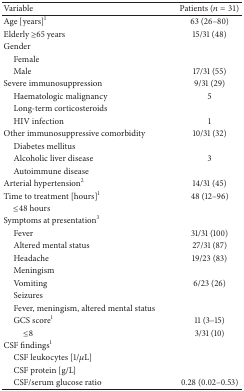
<table><thead><tr><td><b>Variable</b></td><td><b>Patients (<i>n</i> = 31)</b></td></tr></thead><tbody><tr><td>Age [years]<sup>1</sup></td><td>63 (26–80)</td></tr><tr><td>Elderly ≥65 years</td><td>15/31 (48)</td></tr><tr><td>Gender</td><td>[EMPTY_CELL]</td></tr><tr><td> Female</td><td>[EMPTY_CELL]</td></tr><tr><td> Male</td><td>17/31 (55)</td></tr><tr><td>Severe immunosuppression</td><td>9/31 (29)</td></tr><tr><td> Haematologic malignancy</td><td>5</td></tr><tr><td> Long-term corticosteroids</td><td>[EMPTY_CELL]</td></tr><tr><td> HIV infection</td><td>1</td></tr><tr><td>Other immunosuppressive comorbidity</td><td>10/31 (32)</td></tr><tr><td> Diabetes mellitus</td><td>[EMPTY_CELL]</td></tr><tr><td> Alcoholic liver disease</td><td>3</td></tr><tr><td> Autoimmune disease</td><td>[EMPTY_CELL]</td></tr><tr><td>Arterial hypertension<sup>2</sup></td><td>14/31 (45)</td></tr><tr><td>Time to treatment [hours]<sup>1</sup></td><td>48 (12–96)</td></tr><tr><td> ≤48 hours</td><td>[EMPTY_CELL]</td></tr><tr><td>Symptoms at presentation<sup>3</sup></td><td>[EMPTY_CELL]</td></tr><tr><td> Fever</td><td>31/31 (100)</td></tr><tr><td> Altered mental status</td><td>27/31 (87)</td></tr><tr><td> Headache</td><td>19/23 (83)</td></tr><tr><td> Meningism</td><td>[EMPTY_CELL]</td></tr><tr><td> Vomiting</td><td>6/23 (26)</td></tr><tr><td> Seizures</td><td>[EMPTY_CELL]</td></tr><tr><td> Fever, meningism, altered mental status</td><td>[EMPTY_CELL]</td></tr><tr><td> GCS score<sup>1</sup></td><td>11 (3–15)</td></tr><tr><td>≤8</td><td>3/31 (10)</td></tr><tr><td>CSF findings<sup>1</sup></td><td>[EMPTY_CELL]</td></tr><tr><td> CSF leukocytes [1/<i>μ</i>L]</td><td>[EMPTY_CELL]</td></tr><tr><td> CSF protein [g/L]</td><td>[EMPTY_CELL]</td></tr><tr><td> CSF/serum glucose ratio</td><td>0.28 (0.02–0.53)</td></tr></tbody></table>